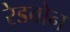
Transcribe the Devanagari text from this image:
रेडबोन